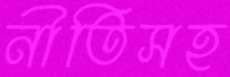
নীতিসহ